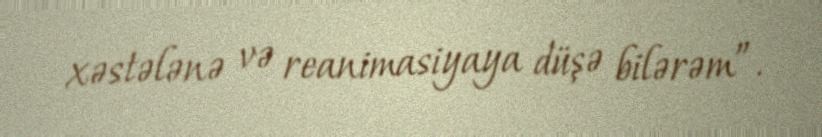
xəstələnə və reanimasiyaya düşə bilərəm”.